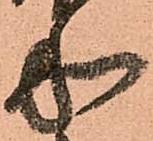
和